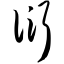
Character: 衍